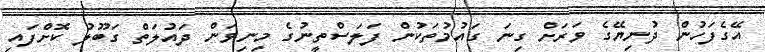
އޭގެފަހުން ދުނިޔޭގެ ވަރަށް ގިނަ ގައުމުތަކުން ފަލަސްތީނުގެ މިނިވަން ދައުލަތް ގަބޫލު ކޮށްފައި